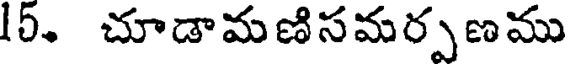
15. చూడామణిసమర్పణము